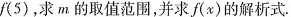
f(5)，求m的取值范围，并求f(x)的解析式。